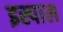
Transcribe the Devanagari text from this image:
इस्पाल